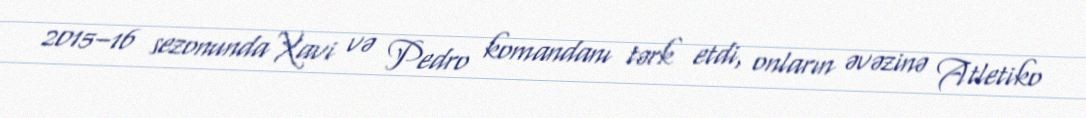
2015–16 sezonunda Xavi və Pedro komandanı tərk etdi, onların əvəzinə Atletiko